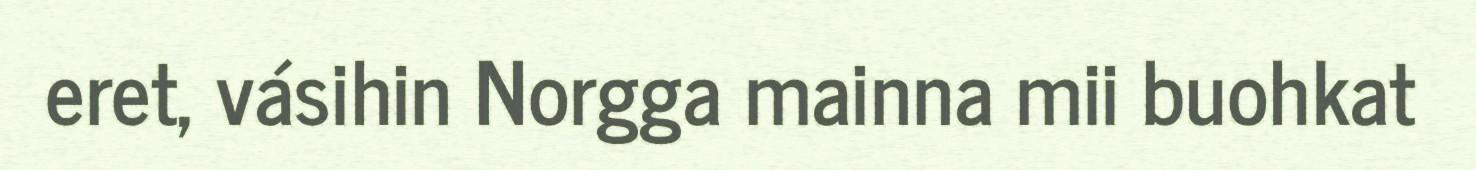
eret, vásihin Norgga mainna mii buohkat